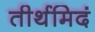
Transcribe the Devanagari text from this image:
तीर्थमिदं